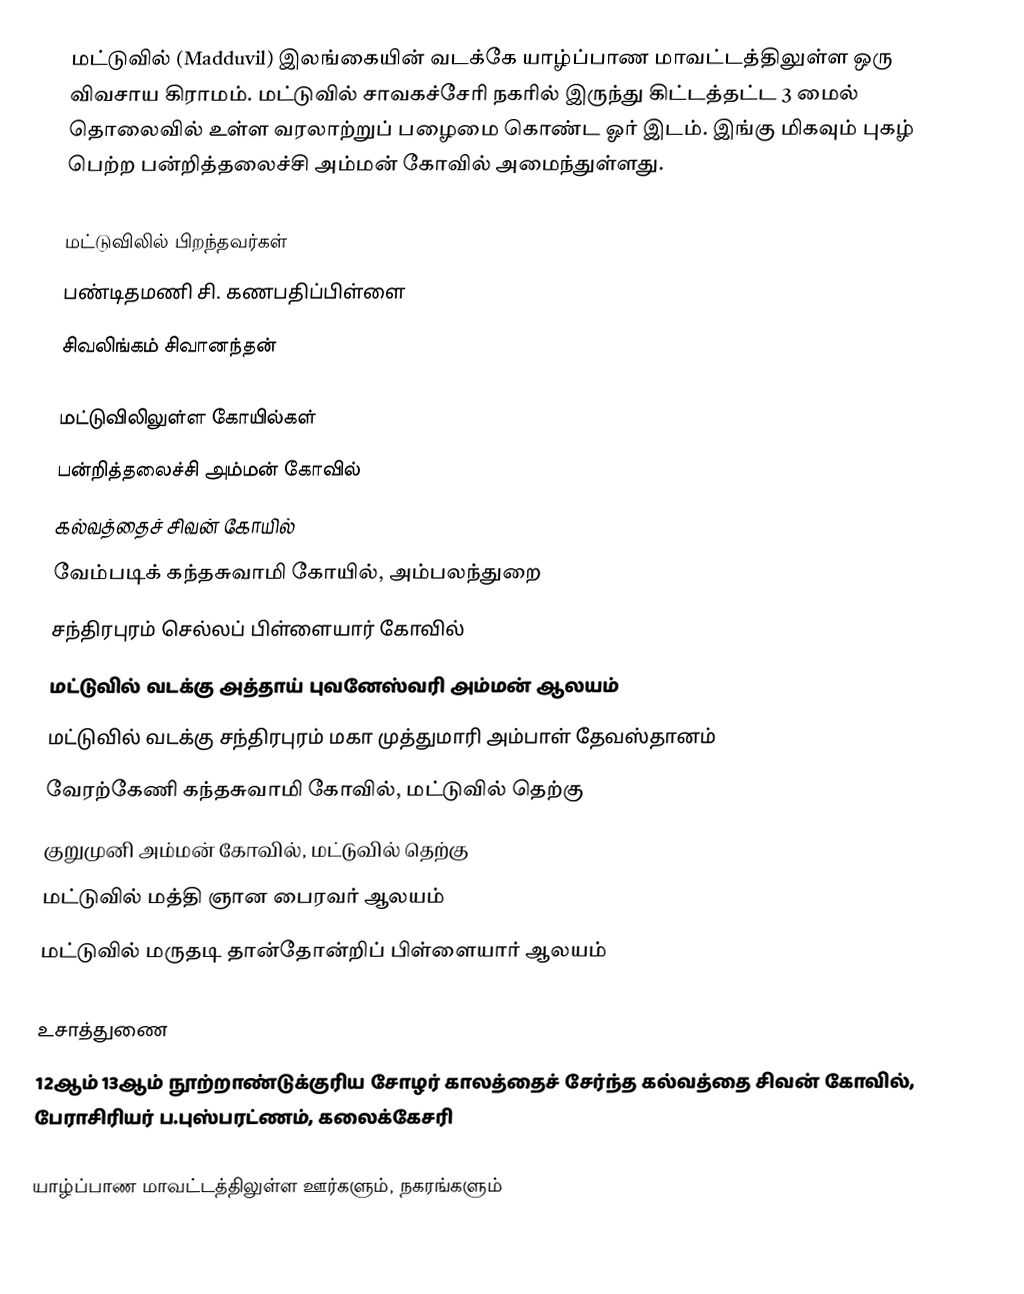
மட்டுவில் (Madduvil) இலங்கையின் வடக்கே யாழ்ப்பாண மாவட்டத்திலுள்ள ஒரு விவசாய கிராமம். மட்டுவில் சாவகச்சேரி நகரில் இருந்து கிட்டத்தட்ட 3 மைல் தொலைவில் உள்ள வரலாற்றுப் பழைமை கொண்ட ஓர் இடம். இங்கு மிகவும் புகழ் பெற்ற பன்றித்தலைச்சி அம்மன் கோவில் அமைந்துள்ளது.

மட்டுவிலில் பிறந்தவர்கள்
பண்டிதமணி சி. கணபதிப்பிள்ளை
 சிவலிங்கம் சிவானந்தன்

மட்டுவிலிலுள்ள கோயில்கள்
பன்றித்தலைச்சி அம்மன் கோவில்
கல்வத்தைச் சிவன் கோயில்
வேம்படிக் கந்தசுவாமி கோயில், அம்பலந்துறை
சந்திரபுரம் செல்லப் பிள்ளையார் கோவில்
மட்டுவில் வடக்கு அத்தாய் புவனேஸ்வரி அம்மன் ஆலயம்
மட்டுவில் வடக்கு சந்திரபுரம் மகா முத்துமாரி அம்பாள் தேவஸ்தானம்
வேரற்கேணி கந்தசுவாமி கோவில், மட்டுவில் தெற்கு
குறுமுனி அம்மன் கோவில், மட்டுவில் தெற்கு
மட்டுவில் மத்தி ஞான பைரவர் ஆலயம்
மட்டுவில் மருதடி தான்தோன்றிப் பிள்ளையார் ஆலயம்

உசாத்துணை
12ஆம் 13ஆம் நூற்றாண்டுக்குரிய சோழர் காலத்தைச் சேர்ந்த கல்வத்தை சிவன் கோவில், பேராசிரியர் ப.புஸ்பரட்ணம், கலைக்கேசரி

யாழ்ப்பாண மாவட்டத்திலுள்ள ஊர்களும், நகரங்களும்